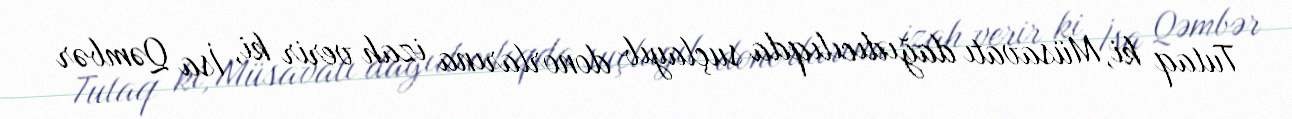
Tutaq ki, Müsavatı dağıdıcılıqda suçlayıb donorlarına izah verir ki, İsa Qəmbər